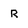
Character: R